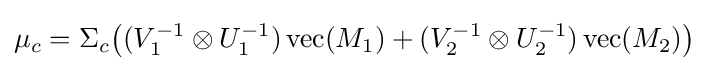
\mu _{c}=\Sigma _{c}{\big (}(V_{1}^{-1}\otimes U_{1}^{-1})\operatorname {vec} (M_{1})+(V_{2}^{-1}\otimes U_{2}^{-1})\operatorname {vec} (M_{2}){\big )}